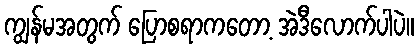
ကျွန်မအတွက် ပြောစရာကတော့ အဲဒီလောက်ပါပဲ။